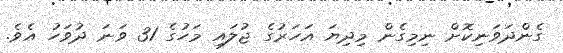
ގެންދަވަނިކޮށް ނިމިގެން މިދިޔަ އަހަރުގެ ޖުލައި މަހުގެ 31 ވަނަ ދުވަހު އެވެ.